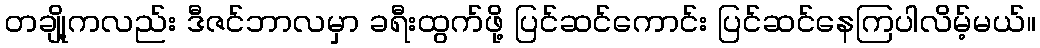
တချို့ကလည်း ဒီဇင်ဘာလမှာ ခရီးထွက်ဖို့ ပြင်ဆင်ကောင်း ပြင်ဆင်နေကြပါလိမ့်မယ်။